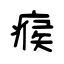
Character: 瘊